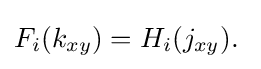
F_{i}(k_{xy})=H_{i}(j_{xy}).\